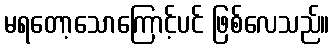
မရတော့သောကြောင့်ပင် ဖြစ်လေသည်။